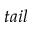
t a i l